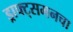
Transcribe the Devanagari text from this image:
ड्राफ्ट्‌समनचा